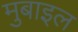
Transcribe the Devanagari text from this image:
मुबाइल